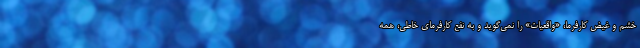
خشم و غیض کارفرما، «واقعیات» را نمی‌گوید و به نفع کارفرمای خاطی، همه